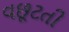
વછૂટતી